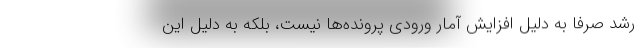
رشد صرفا به دلیل افزایش آمار ورودی پرونده‌ها نیست، بلکه به دلیل این